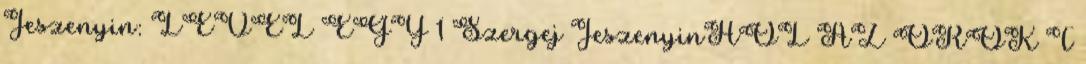
Jeszenyin: LEVÉL EGY 1 Szergej JeszenyinHOL AZ ÖRÖK T